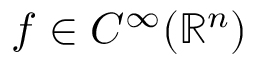
f \in C ^ { \infty } ( \mathbb { R } ^ { n } )